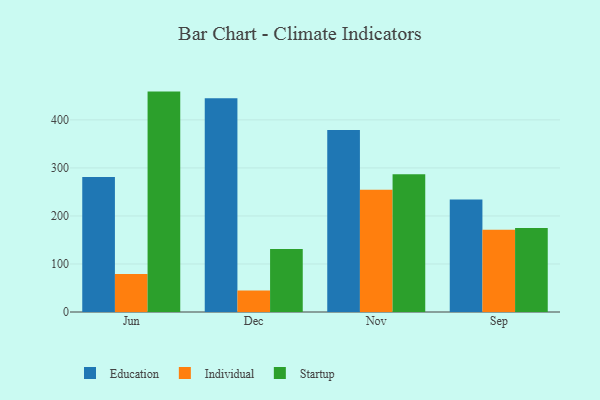
{"axis": {"x": "Month", "y": "Website Visitors"}, "legend": ["Education", "Individual", "Startup"], "data": [{"x": "Jun", "y": 281.1, "type": "Education"}, {"x": "Jun", "y": 79.3, "type": "Individual"}, {"x": "Jun", "y": 458.9, "type": "Startup"}, {"x": "Dec", "y": 445.0, "type": "Education"}, {"x": "Dec", "y": 44.9, "type": "Individual"}, {"x": "Dec", "y": 131.2, "type": "Startup"}, {"x": "Nov", "y": 379.2, "type": "Education"}, {"x": "Nov", "y": 254.5, "type": "Individual"}, {"x": "Nov", "y": 286.6, "type": "Startup"}, {"x": "Sep", "y": 234.0, "type": "Education"}, {"x": "Sep", "y": 171.4, "type": "Individual"}, {"x": "Sep", "y": 174.8, "type": "Startup"}]}